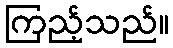
ကြည့်သည်။